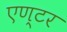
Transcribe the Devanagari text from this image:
एण्टर